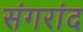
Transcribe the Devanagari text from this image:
संगरांद